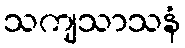
သကျသာသနံ